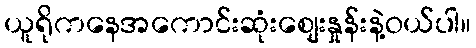
ယူရိုကနေအကောင်းဆုံးစျေးနှုန်းနဲ့ဝယ်ပါ။